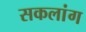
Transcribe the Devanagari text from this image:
सकलांग